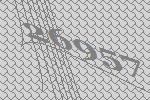
26957